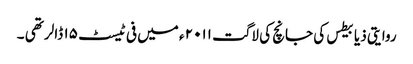
روایتی ذیابیطس کی جانچ کی لاگت ۲۰۱۱ ء میں فی ٹیسٹ ۱۵ ڈالر تھی ۔